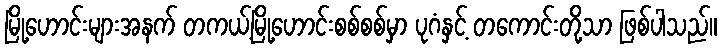
မြို့ဟောင်းများအနက် တကယ့်မြို့ဟောင်းစစ်စစ်မှာ ပုဂံနှင့် တကောင်းတို့သာ ဖြစ်ပါသည်။